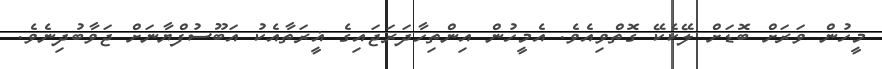
މީހުން ވަރަށް ބޮޑަށް ލޭކެކޭ ގޮތްވިއެވެ. އެމީހުން އިންތިހާދަރަޖައިގެ ޣީރަތާއެކު އަބޫސުފްޔާނަށް ޖަވާބުދިނެވެ.